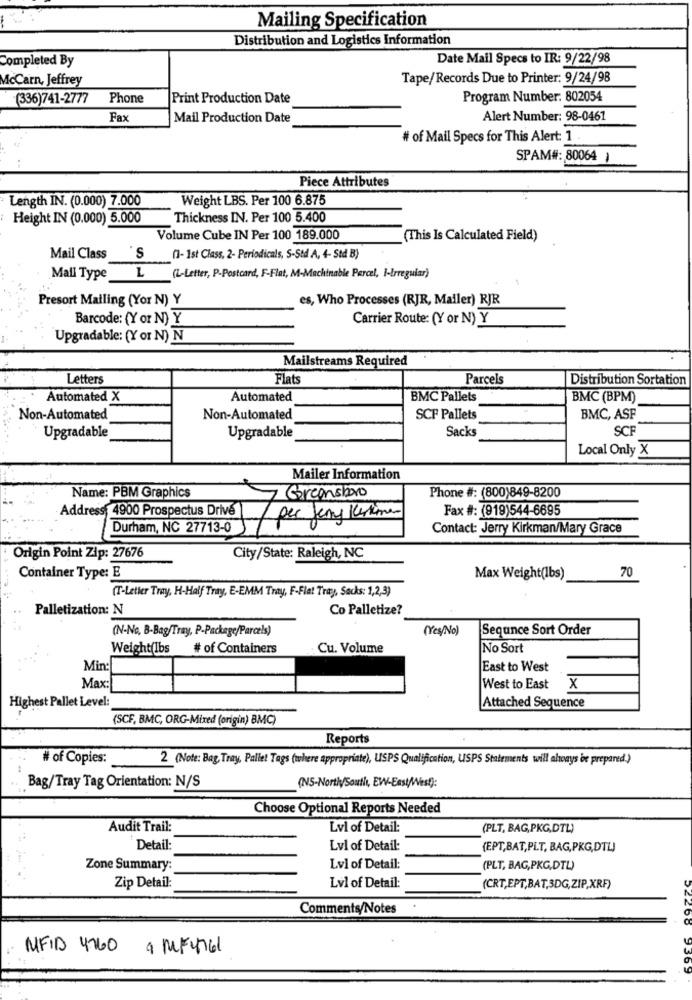
Mailing Specification
Distribution and Logistics Information
Completed By
Date Mail Specs to IR: 9/22/98
McCarn, Jeffrey
Tape/Records Due to Printer: 9/24/98
(336)741-2777
Phone
Print Production Date
Program Number: 802054
Fax
Mail Production Date
Alert Number: 98-0461
# of Mail Specs for This Alert: 1.
SPAM#: 80064 )
Piece Attributes
Length IN. (0.000) 7.000
Weight LBS. Per 100 6.875
Height IN (0.000) 5.000
Thickness IN. Per 100 5.400
Volume Cube IN Per 100 189.000
(This Is Calculated Field)
Mail Class
S
(1-1st Class, 2- Periodicals, S-Std A, 4- Std B)
L
Mali Type
(L-Letter, P-Postcard, F-Flat, M-Machinable Percel, I-Irreguiar)
Presort Mailing (Yor N) Y
es, Who Processes (RJR, Mailer) RJR
Barcode: (Y or N) Y
Carrier Route: (Y or N) Y
Upgradable: (Y or N) N
Mailstreams Required
Letters
Flats
Parcels
Distribution Sortation
Automated X
Automated
BMC Pallets
BMC (BPM)
Non-Automated
Non-Automated
SCF Pallets
BMC, ASF
Sacks
SCF
Upgradable
Upgradable
Local Only X
Mailer Information
Corconsboro
Name: PBM Graphics
Phone #: (800)849-8200
Fax #: (919)544-6695
Durham, NC 27713-0
Contact: Jerry Kirkman/Mary Grace
Address 4900 Prospectus Drive 7 per gens
....
Origin Point Zip: 27676
City/State: Raleigh, NC
70
Container Type: E
Max Weight(Ibs)
(T-Letter Tray, H-Half Tray, E-EMM Tray, F-Flat Tray, Sacks: 1,2,3)
Palletization: N
Co Palletize?
(N-No, B-Bag/Tray, P-Package/Parcels)
(Yes/No)
Sequnce Sort Order
Weight(Ibs
# of Containers
Cu. Volume
No Sort
Min
East to West
Max:
West to East X
Attached Sequence
Highest Pallet Level:
(SCF, BMC, ORG-Mixed (origin) BMC)
Reports
# of Copies:
2 (Note: Bag Tray, Pallet Tags (where appropriate), USPS Qualification, USPS Statements will ahonys be prepared.)
Bag/Tray Tag Orientation: N/S
(NS-NortiySouthı, EW-East/West):
Choose Optional Reports Needed
Audit Trail:
Lvl of Detail:
(PLT, BAG,PKG,DTL)
Detail:
Lvl of Detail:
(EPT,BAT,PLT, BAG,PKG,DTL)
Zone Summary:
Lvl of Detail:
(PLT, BAG,PKG,DTL)
Zip Detail:
Lvl of Detail:
(CRT,EPT,BAT,3DG,ZIP,XRF)
Comments/Notes
MEID 4760 9 MEY761